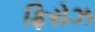
ફિરોઝ